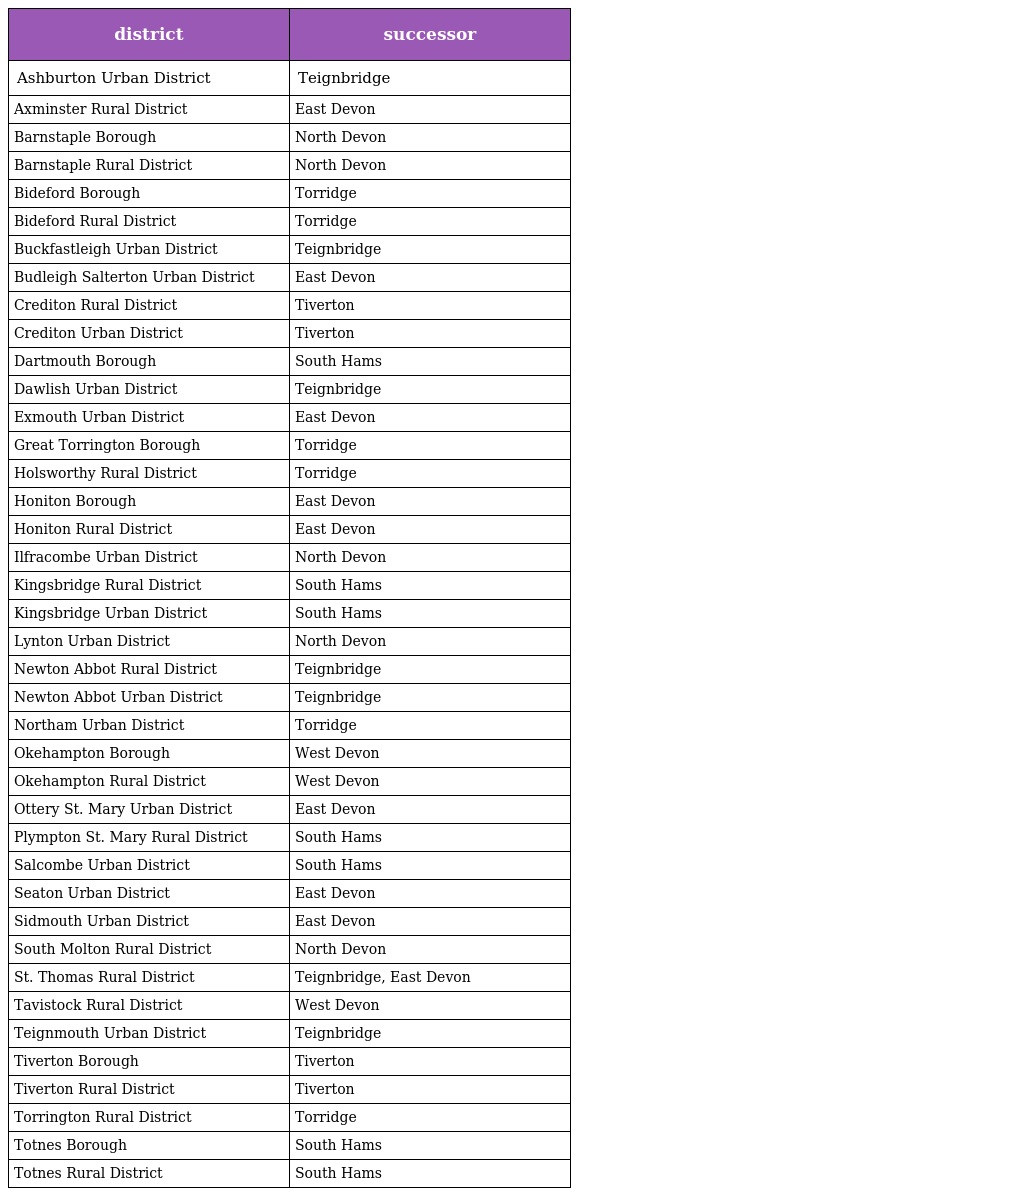
| district | successor |
 | --- | --- |
 | Ashburton Urban District | Teignbridge |
 | Axminster Rural District | East Devon |
 | Barnstaple Borough | North Devon |
 | Barnstaple Rural District | North Devon |
 | Bideford Borough | Torridge |
 | Bideford Rural District | Torridge |
 | Buckfastleigh Urban District | Teignbridge |
 | Budleigh Salterton Urban District | East Devon |
 | Crediton Rural District | Tiverton |
 | Crediton Urban District | Tiverton |
 | Dartmouth Borough | South Hams |
 | Dawlish Urban District | Teignbridge |
 | Exmouth Urban District | East Devon |
 | Great Torrington Borough | Torridge |
 | Holsworthy Rural District | Torridge |
 | Honiton Borough | East Devon |
 | Honiton Rural District | East Devon |
 | Ilfracombe Urban District | North Devon |
 | Kingsbridge Rural District | South Hams |
 | Kingsbridge Urban District | South Hams |
 | Lynton Urban District | North Devon |
 | Newton Abbot Rural District | Teignbridge |
 | Newton Abbot Urban District | Teignbridge |
 | Northam Urban District | Torridge |
 | Okehampton Borough | West Devon |
 | Okehampton Rural District | West Devon |
 | Ottery St. Mary Urban District | East Devon |
 | Plympton St. Mary Rural District | South Hams |
 | Salcombe Urban District | South Hams |
 | Seaton Urban District | East Devon |
 | Sidmouth Urban District | East Devon |
 | South Molton Rural District | North Devon |
 | St. Thomas Rural District | Teignbridge, East Devon |
 | Tavistock Rural District | West Devon |
 | Teignmouth Urban District | Teignbridge |
 | Tiverton Borough | Tiverton |
 | Tiverton Rural District | Tiverton |
 | Torrington Rural District | Torridge |
 | Totnes Borough | South Hams |
 | Totnes Rural District | South Hams |